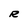
Character: R